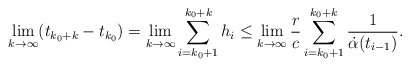
\begin{align*} \lim_{k \to \infty} (t_{k_0+k} - t_{k_0}) = \lim_{k \to \infty}\sum_{i=k_0+1}^{k_0+k} h_i \le \lim_{k \to \infty} \frac{r}{c} \sum_{i=k_0+1}^{k_0+k} \frac{1}{\dot{\alpha}(t_{i-1})}. \end{align*}